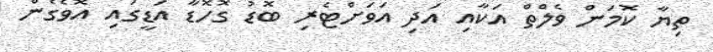
ތިޔާ ކޮމަން ވެލްތް އަކާއި އަދި އަވަށްޓެރި ބޮޑު ގޮހޮޑާ އަޑީގައި އޮވެގެން